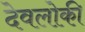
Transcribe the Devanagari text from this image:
देवलोकी